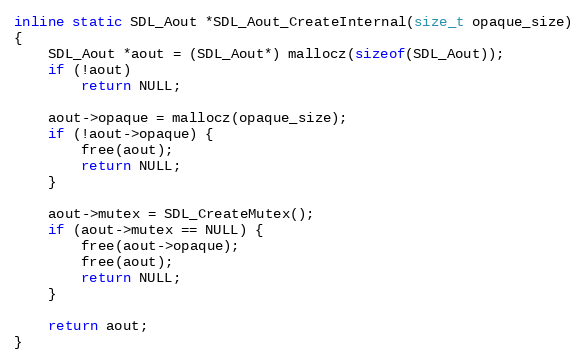
Language: C
inline static SDL_Aout *SDL_Aout_CreateInternal(size_t opaque_size)
{
    SDL_Aout *aout = (SDL_Aout*) mallocz(sizeof(SDL_Aout));
    if (!aout)
        return NULL;

    aout->opaque = mallocz(opaque_size);
    if (!aout->opaque) {
        free(aout);
        return NULL;
    }

    aout->mutex = SDL_CreateMutex();
    if (aout->mutex == NULL) {
        free(aout->opaque);
        free(aout);
        return NULL;
    }

    return aout;
}